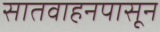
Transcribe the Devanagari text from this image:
सातवाहनपासून